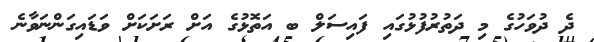
ދެ ދުވަހުގެ މި ދަތުރުފުޅުގައި ފައިސަލް ބ އަތޮޅުގެ އަށް ރަށަކަށް ވަޑައިގަންނަވާނެ